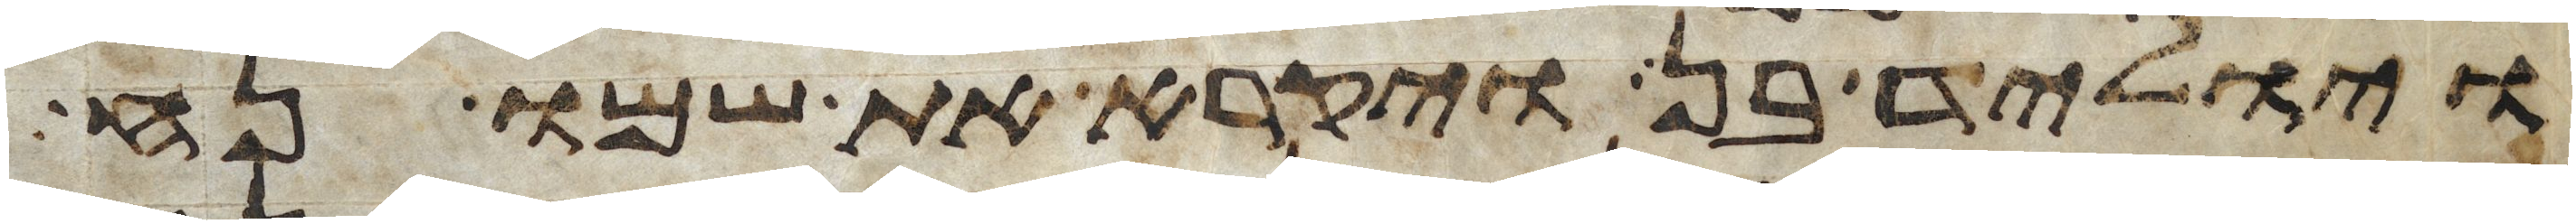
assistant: ויוליד בן ויקרא את שמו נח